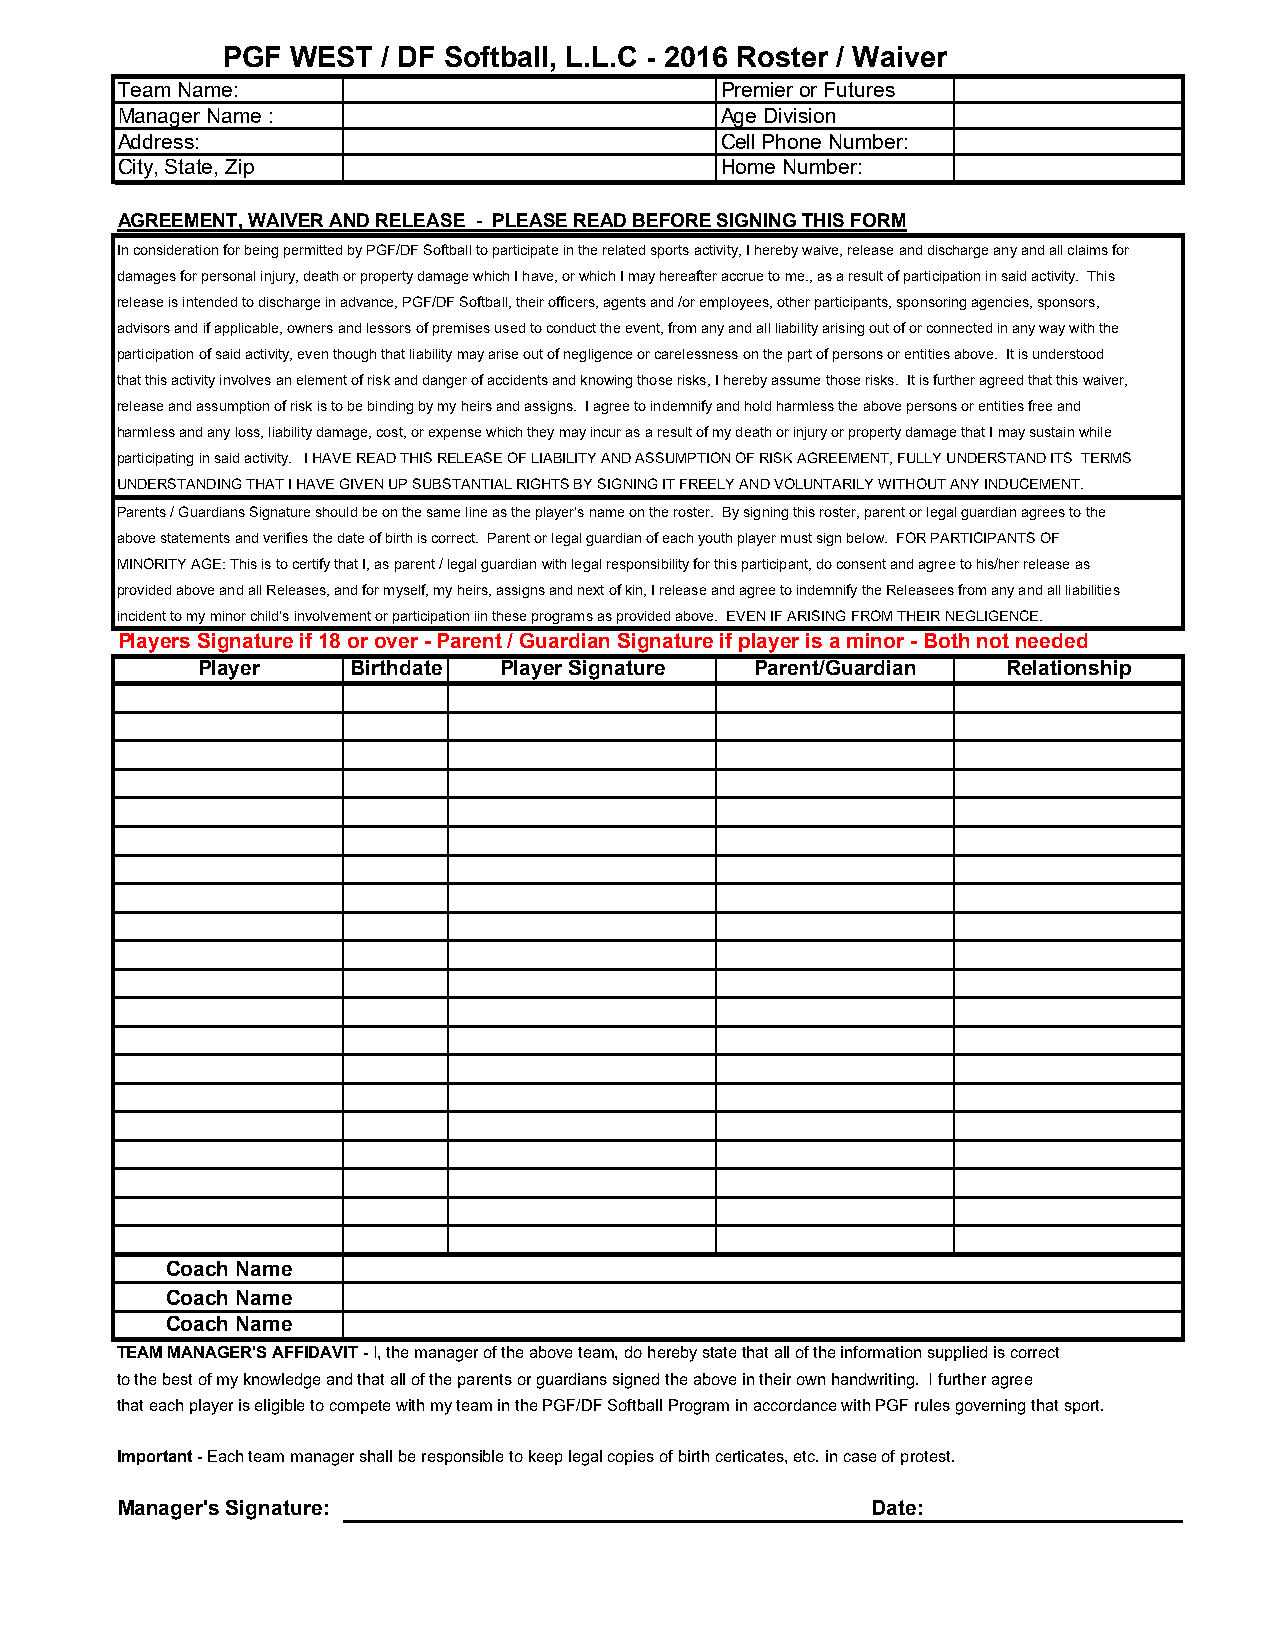
PGF WEST  / DF Softball, L.L.C - 2016 Roster / Waiver
 Team Name:                              Premier or Futures
 Manager Name :                          Age Division
 Address:                                Cell Phone Number:
 City, State, Zip                        Home Number:
 AGREEMENT, WAIVER AND RELEASE - PLEASE READ BEFORE SIGNING THIS FORM
 In consideration for being permitted by PGF/DF Softball to participate in the related sports activity, I hereby waive, release and discharge any and all claims for
 damages for personal injury, death or property damage which I have, or which I may hereafter accrue to me., as a result of participation in said activity. This
 release is intended to discharge in advance, PGF/DF Softball, their officers, agents and /or employees, other participants, sponsoring agencies, sponsors,
 advisors and if applicable, owners and lessors of premises used to conduct the event, from any and all liability arising out of or connected in any way with the
 participation of said activity, even though that liability may arise out of negligence or carelessness on the part of persons or entities above. It is understood
 that this activity involves an element of risk and danger of accidents and knowing those risks, I hereby assume those risks. It is further agreed that this waiver,
 release and assumption of risk is to be binding by my heirs and assigns. I agree to indemnify and hold harmless the above persons or entities free and
 harmless and any loss, liability damage, cost, or expense which they may incur as a result of my death or injury or property damage that I may sustain while
 participating in said activity. I HAVE READ THIS RELEASE OF LIABILITY AND ASSUMPTION OF RISK AGREEMENT, FULLY UNDERSTAND ITS TERMS
 UNDERSTANDING THAT I HAVE GIVEN UP SUBSTANTIAL RIGHTS BY SIGNING IT FREELY AND VOLUNTARILY WITHOUT ANY INDUCEMENT.
 Parents / Guardians Signature should be on the same line as the player's name on the roster. By signing this roster, parent or legal guardian agrees to the
 above statements and verifies the date of birth is correct. Parent or legal guardian of each youth player must sign below. FOR PARTICIPANTS OF
 MINORITY AGE: This is to certify that I, as parent / legal guardian with legal responsibility for this participant, do consent and agree to his/her release as
 provided above and all Releases, and for myself, my heirs, assigns and next of kin, I release and agree to indemnify the Releasees from any and all liabilities
 incident to my minor child's involvement or participation iin these programs as provided above. EVEN IF ARISING FROM THEIR NEGLIGENCE.
 Players Signature if 18 or over - Parent / Guardian Signature if player is a minor - Both not needed
 Player    Birthdate Player Signature Parent/Guardian  Relationship
 Coach Name
 Coach Name
 Coach Name
 TEAM MANAGER'S AFFIDAVIT - I, the manager of the above team, do hereby state that all of the information supplied is correct
 to the best of my knowledge and that all of the parents or guardians signed the above in their own handwriting. I further agree
 that each player is eligible to compete with my team in the PGF/DF Softball Program in accordance with PGF rules governing that sport.
 Important - Each team manager shall be responsible to keep legal copies of birth certicates, etc. in case of protest.
 Manager's Signature:                              Date: